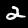
Digit: 2